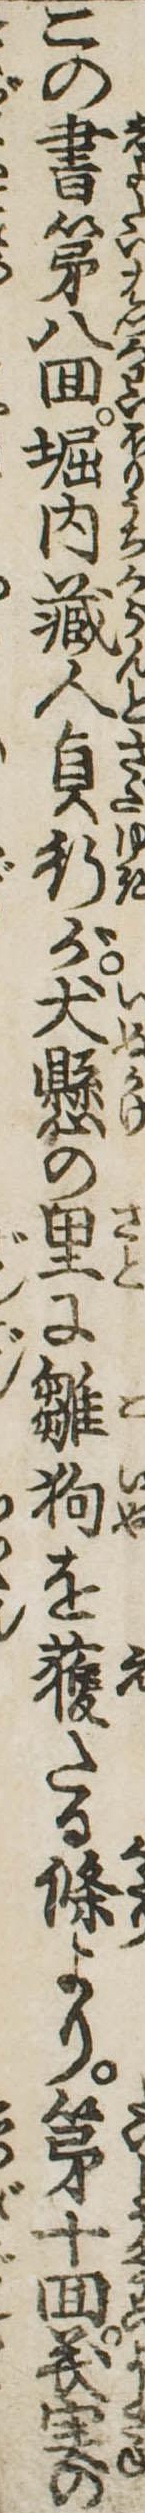
この書第八回堀内蔵人貞行が犬懸の里に雛狗を獲たる条より第十回義実の